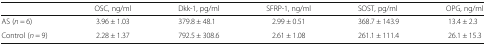
<table><thead><tr><td></td><td><b>OSC, ng/ml</b></td><td><b>Dkk-1, pg/ml</b></td><td><b>SFRP-1, ng/ml</b></td><td><b>SOST, pg/ml</b></td><td><b>OPG, ng/ml</b></td></tr></thead><tbody><tr><td>AS (<i>n</i> = 6)</td><td>3.96 ± 1.03</td><td>379.8 ± 48.1</td><td>2.99 ± 0.51</td><td>368.7 ± 143.9</td><td>13.4 ± 2.3</td></tr><tr><td>Control (<i>n</i> = 9)</td><td>2.28 ± 1.37</td><td>792.5 ± 308.6</td><td>2.61 ± 1.08</td><td>261.1 ± 111.4</td><td>26.1 ± 15.3</td></tr></tbody></table>